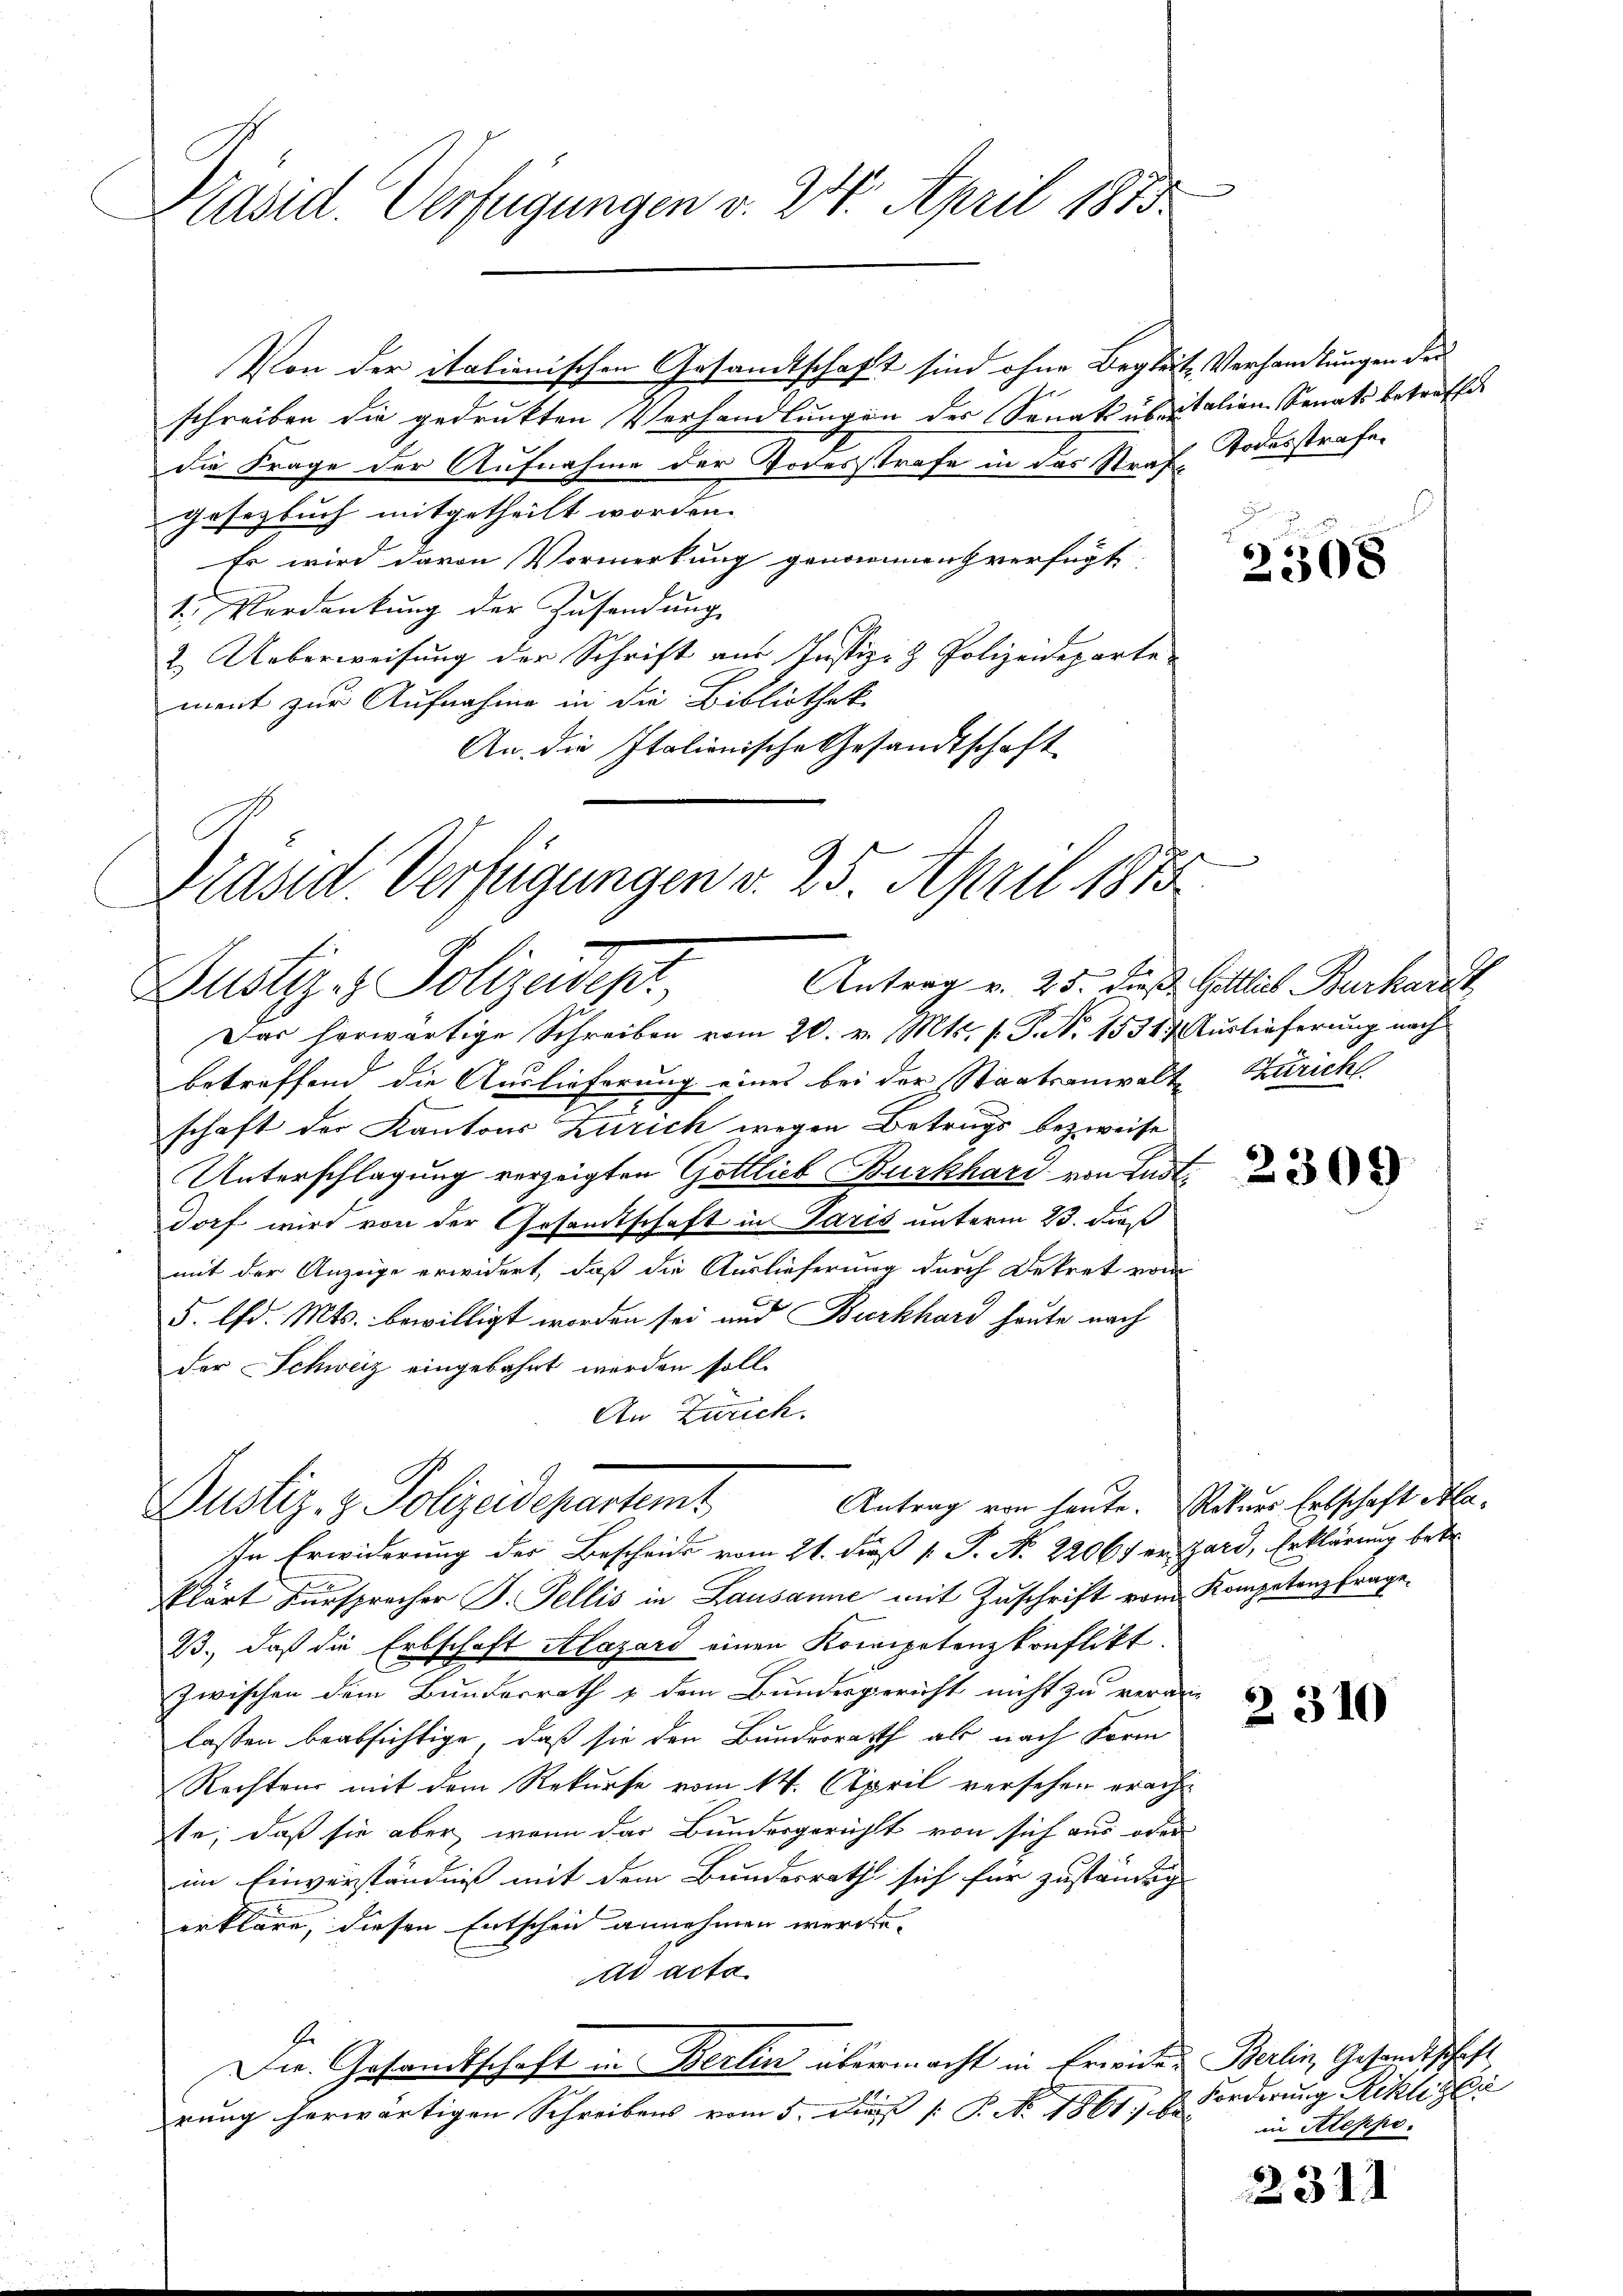
Präsid. Verfügungen v. 24. April 1873

Von der italienischen Gesandtschaft sind ohne Begleite Verhandlungen der
schreiben die gedrukten Verhandlungen des Senatsubaitalien Senats betreffe
die Frage der Aufnahme der Todesstrafe in der Straf Todesstrafe.
gesetzbuch mitgetheilt worden.
Er wird davon Vormerkung genommen verfügt
1. Verdankŭng der Zŭsendung
2. Ueberweisung der Schrift aus Justiz- & Polizeideparte
ment zur Aufnahme in die Bibliothek
An die Italionische Gesandtschaft

Präsid. Verfügungen v. 25. April 1873
Antrag v. 25. dieß Gottlich Burkardt,
Zustiz - Polizadept,

Justiz- & Polizeidepartemt

Das herwärtige Schreiben vom 20. v. Mts. f. P. No 1531. Auslieferung nach
betreffend die Auslieferung eines bei der Staatsanwalt Zürich
.
schaft der Kantons Zürich wegen Betrugs bezweife
Unterschlagung verzeigten Gottlieb Burkhard von Endtdorf wird von der Gesandtschaft in Paris unterm 23. daß
mit der Anzeige erwidert, daß die Auslieferung durch Dekret vom
5. lfd. Mts. bewilligt worden sei und Burkhard heute nach
der Schweiz eingebahnt werden soll.
An Zürich.
Antrag von heute. Rekurs Erbschaft Mla¬
In Erwiderung der Bescheide vom 21. dieß P. P. Nr. 2206 f er Zard, Erklärung betr.
klärt Fürsprecher J. Fellis in Lausanne mit Zuschrift vom Kompetenzfrage.
B., daß die Erbschaft Alazard einen Kompetenzkonflikt.
zwischen dem Bunderrath & dem Bundesgericht nicht zu veran-
lassen beabsichtige, daß sie den Bundesrath als nach Form
Rechten mit dem Rekurse vom 14. April versehen erachte, daß sie aber, wenn das Bundesgerichts von sich aus oder
im Einverständnis mit dem Bundesrath sich für zuständig
erkläre, diesen Entschein annehmen werden.
ad acta
Er
Die Gesamtschaft in Berlin übermacht in Erwider Berlin, Gesandtschaft
rung herwärtigen Schreibens vom 5. Die P. No. 1861. 2. Forderung Reckliger

2308

2309

2310

231

in Ateppe